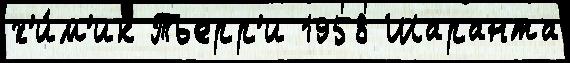
х'и́м'ик Тьерр'и 1958 Шаранта